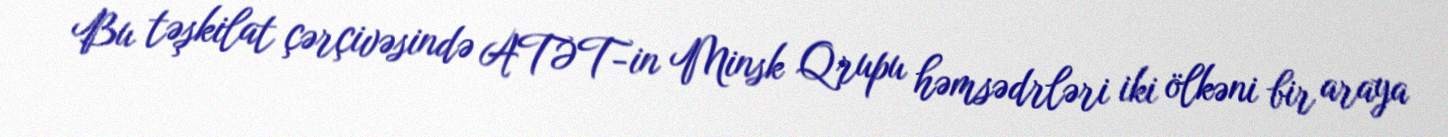
Bu təşkilat çərçivəsində ATƏT-in Minsk Qrupu həmsədrləri iki ölkəni bir araya